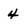
Character: 4